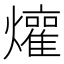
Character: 𬋜